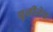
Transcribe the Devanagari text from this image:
वृत्तीनेच